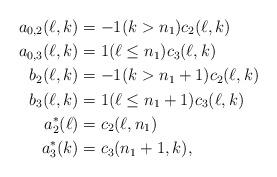
LaTeX: \begin{align*} a_{0,2}(\ell,k)&=-1(k>n_1)c_2(\ell,k)\\ a_{0,3}(\ell,k)&=1(\ell\le n_1)c_3(\ell,k)\\ b_2(\ell,k)&=-1(k>n_1+1)c_2(\ell,k)\\ b_3(\ell,k)&=1(\ell\le n_1+1)c_3(\ell,k)\\ a_2^\ast(\ell)&=c_2(\ell,n_1)\\ a_3^\ast(k)&=c_3(n_1+1,k),\end{align*}